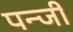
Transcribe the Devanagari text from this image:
पन्जी